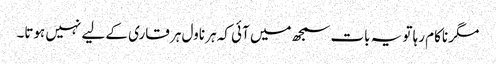
مگر ناکام رہا تو یہ بات سمجھ میں آئی کہ ہر ناول ہر قاری کے لیے نہیں ہوتا۔